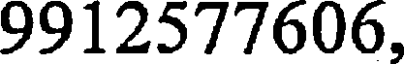
9912577606,